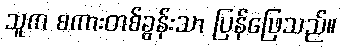
သူက စကားတစ်ခွန်းသာ ပြန်ဖြေသည်။